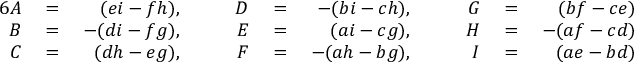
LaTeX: \begin{array} { r l r l r l r l r l r } { { 6 } A } & { { } = { } } & { ( e i - f h ) , } & { { } \quad } & { D } & { { } = { } } & { - ( b i - c h ) , } & { { } \quad } & { G } & { { } = { } } & { ( b f - c e ) , } \\ { B } & { { } = { } } & { - ( d i - f g ) , } & { { } \quad } & { E } & { { } = { } } & { ( a i - c g ) , } & { { } \quad } & { H } & { { } = { } } & { - ( a f - c d ) , } \\ { C } & { { } = { } } & { ( d h - e g ) , } & { { } \quad } & { F } & { { } = { } } & { - ( a h - b g ) , } & { { } \quad } & { I } & { { } = { } } & { ( a e - b d ) . } \end{array}